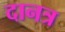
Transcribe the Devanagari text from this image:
दानत्र